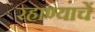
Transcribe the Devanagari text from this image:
रहाण्याचें